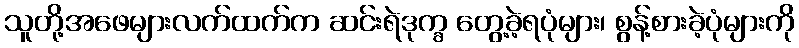
သူတို့အဖေများလက်ထက်က ဆင်းရဲဒုက္ခ တွေ့ခဲ့ရပုံများ၊ စွန့်စားခဲ့ပုံများကို